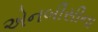
એનબીસીના